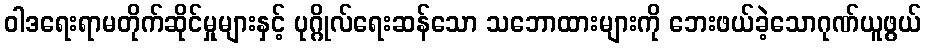
ဝါဒရေးရာမတိုက်ဆိုင်မှုများနှင့် ပုဂ္ဂိုလ်ရေးဆန်သော သဘောထားများကို ဘေးဖယ်ခဲ့သောဂုဏ်ယူဖွယ်